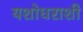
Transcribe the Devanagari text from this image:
यशोधराशी